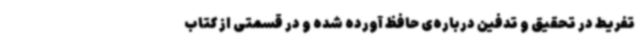
تفریط در تحقیق و تدفین درباره‌ی حافظ آورده شده و در قسمتی از کتاب